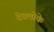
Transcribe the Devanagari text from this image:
देवलोके